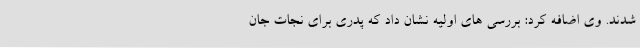
شدند. وی اضافه کرد: بررسی های اولیه نشان داد که پدری برای نجات جان